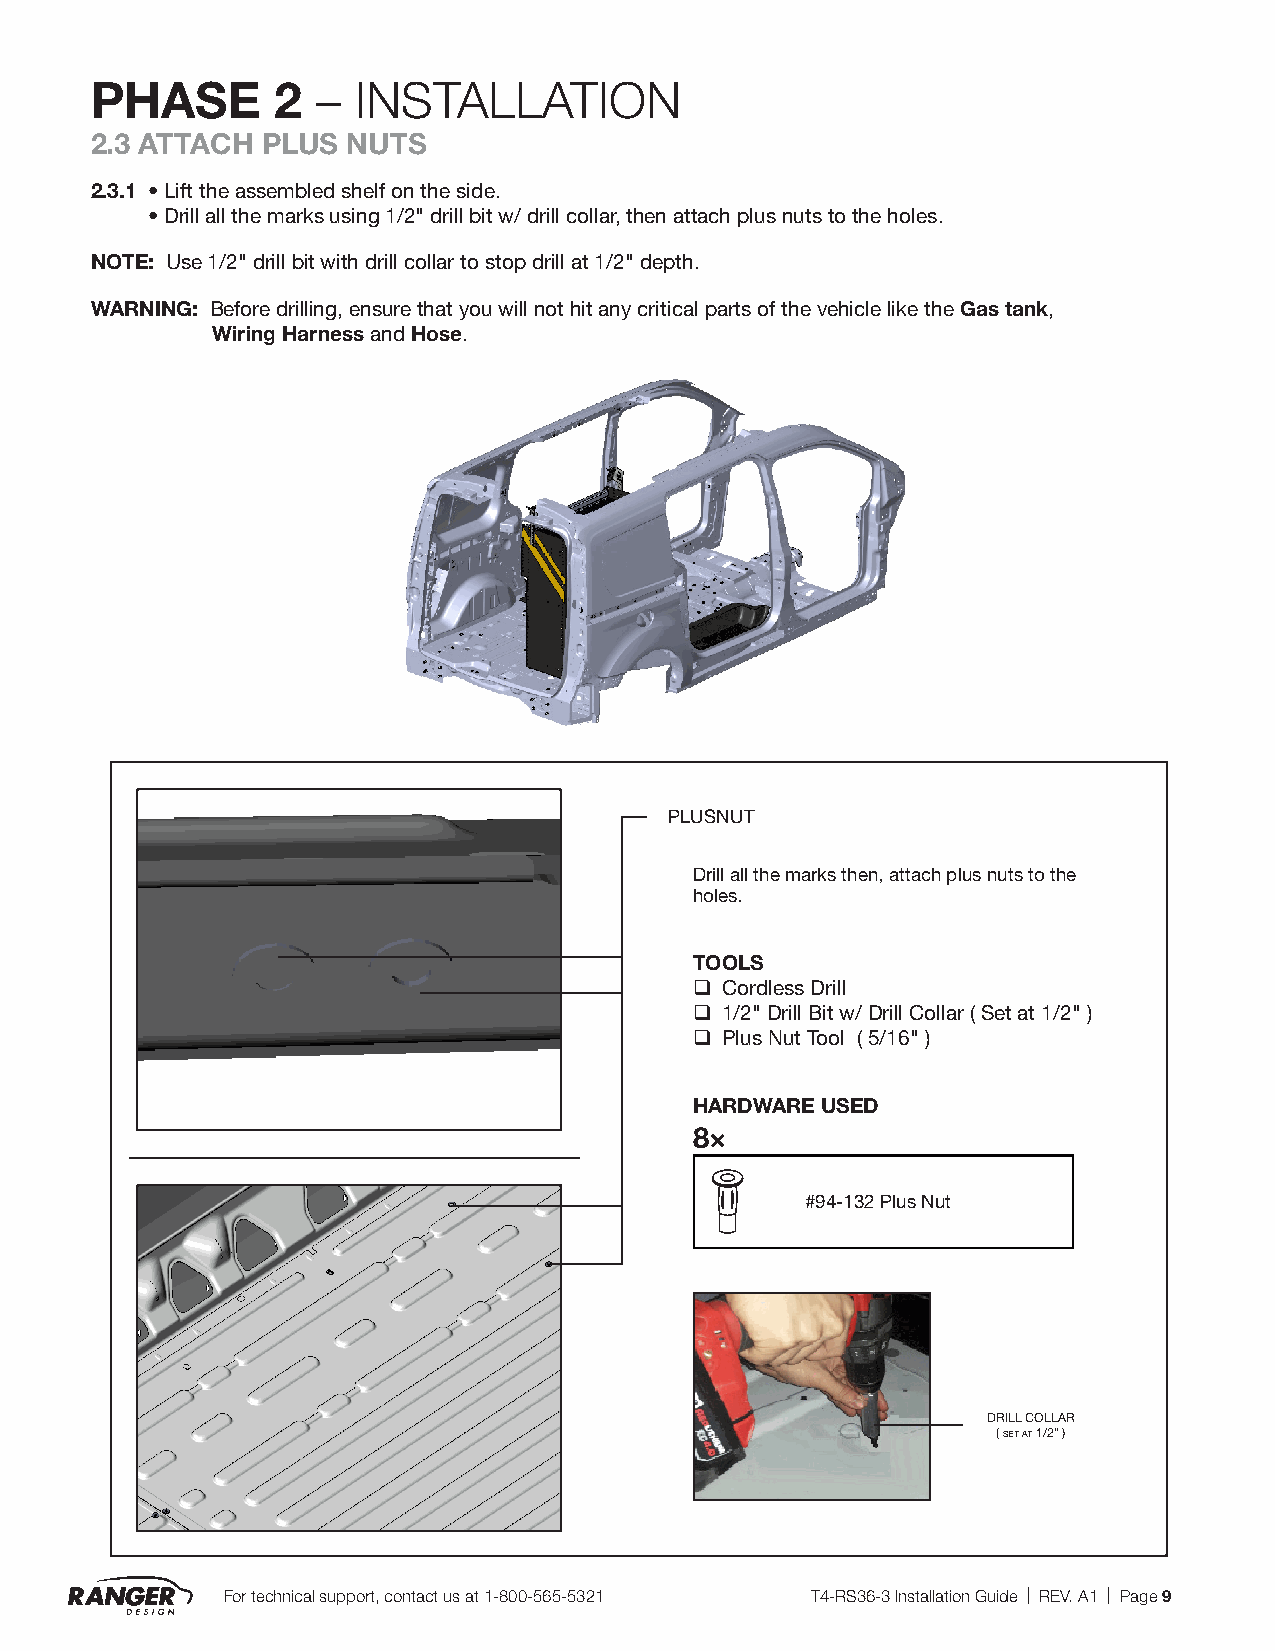
PHASE       2  – INSTALLATION
 2.3 ATTACH PLUS  NUTS
 2.3.1 • Lift the assembled shelf on the side.
 • Drill all the marks using 1/2" drill bit w/ drill collar, then attach plus nuts to the holes.
 NOTE: Use 1/2" drill bit with drill collar to stop drill at 1/2" depth.
 WARNING: Before drilling, ensure that you will not hit any critical parts of the vehicle like the Gas tank,
 Wiring Harness and Hose.
 PLUSNUT
 Drill all the marks then, attach plus nuts to the
 holes.
 TOOLS
 q Cordless Drill
 q 1/2" Drill Bit w/ Drill Collar ( Set at 1/2" )
 q Plus Nut Tool ( 5/16" )
 HARDWARE USED
 8×
 #94-132 Plus Nut
 DRILL COLLAR
 ( seT aT 1/2" )
 For technical support, contact us at 1-800-565-5321 T4-RS36-3 Installation Guide | REV. A1 | Page 9